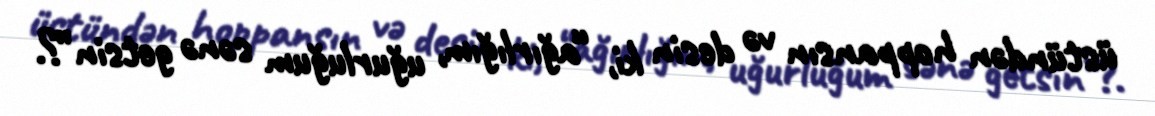
üstündən hoppansın və desin ki, “ağırlığım, uğurluğum sənə getsin”?.